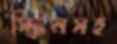
স্ক্রিনসহ